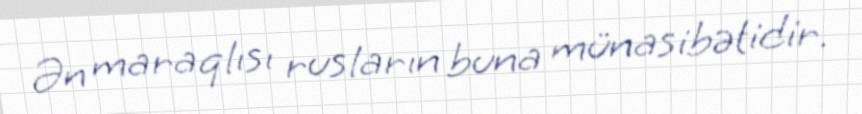
Ən maraqlısı rusların buna münasibətidir.